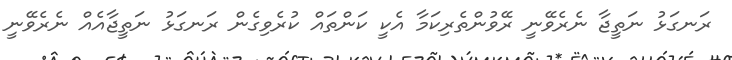
ރަނގަޅު ނަތީޖާ ނެރެވޭނީ ރޭވުންތެރިކަމާ އެކީ ކަންތައް ކުރެވިގެން ރަނގަޅު ނަތީޖާއެއް ނެރެވޭނީ